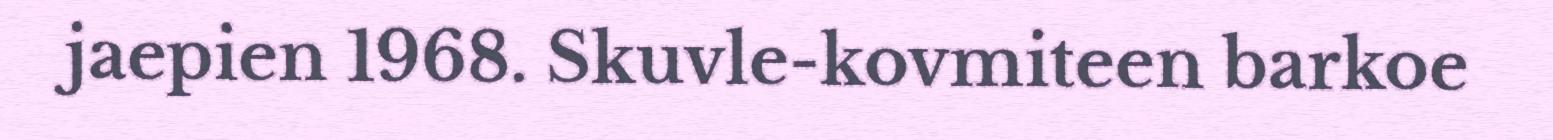
jaepien 1968. Skuvle-kovmiteen barkoe